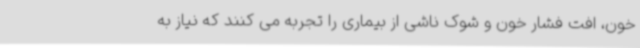
خون، افت فشار خون و شوک ناشی از بیماری را تجربه می کنند که نیاز به